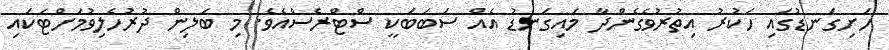
ހަށިގަނޑުގައި ހަކުރު އިތުރުވެގެންދާ މައިގަނޑު އެއް ސަބަބަކީ ސްޓްރެސްއެވެ. މި ބަލިން ދުރުހެލިވުމަށްޓަކައި